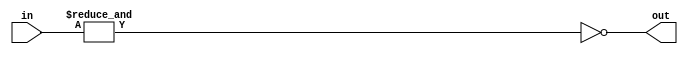
/*

LOW on 1

a   b   o
---------
0   0   1
0   1   1
1   0   1
1   1   0

*/

module nand_gate #(parameter N = 2)(
    input [N-1:0] in,
    output out
);
    
    assign out = ~(&in);

endmodule